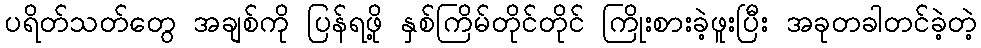
ပရိတ်သတ်တွေ အချစ်ကို ပြန်ရဖို့ နှစ်ကြိမ်တိုင်တိုင် ကြိုးစားခဲ့ဖူးပြီး အခုတခါတင်ခဲ့တဲ့